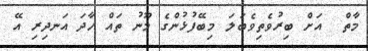
މާތް  އަށް ބިރުވެތިވެބަލަ މިބޭފުޅުންގެ މޫނު ތައް ހާދަ އަނދިރި އޭ